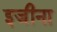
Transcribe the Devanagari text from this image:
इजीना